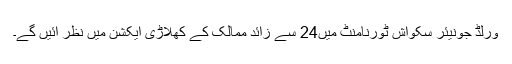
ورلڈ جونیئر سکواش ٹورنامنٹ میں24 سے زائد ممالک کے کھلاڑی ایکشن میں نظر آئیں گے۔